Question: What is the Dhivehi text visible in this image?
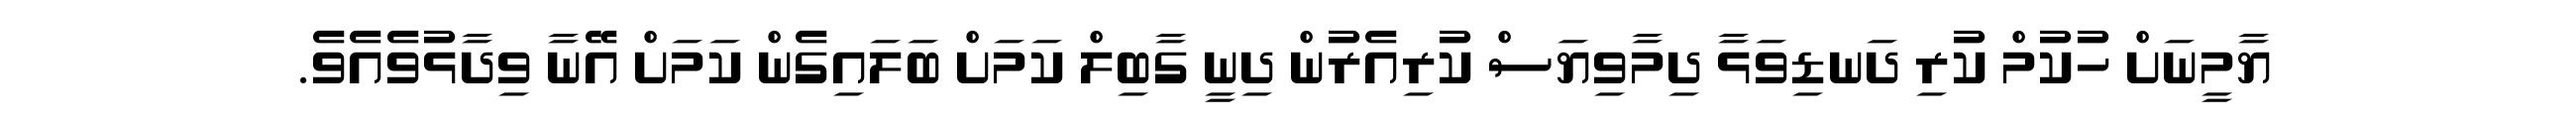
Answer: ޔާމީނަށް ހުކުމް ކުރި ދަނޑިވަޅާ ދިމާވިޔަސް ކުރިއެރުން ދިނީ ގާބިލް ކަމަށް ބަލައިގެން ކަމަށް އޭނާ ވިދާޅުވެއެވެ.